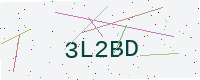
Text: 3L2BD